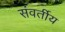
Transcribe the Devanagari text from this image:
संवर्तीय